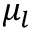
\mu _ { l }